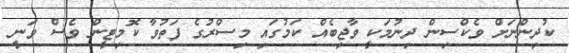
ކުދިންނަށް ވެކްސިން ދިނުމަކީ ވާޖިބެއް ކަމުގައި މިސްރުގެ ފަތުވާ ކޮމިޓީން ވެސް ވަނީ